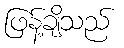
ဖြန့်ချိသည်